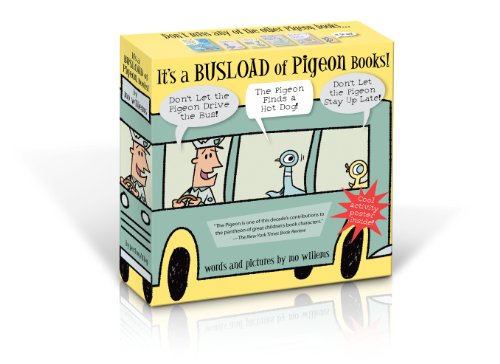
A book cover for It's a Busload of Pigeon Books!; Mo Willems; Children's Books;